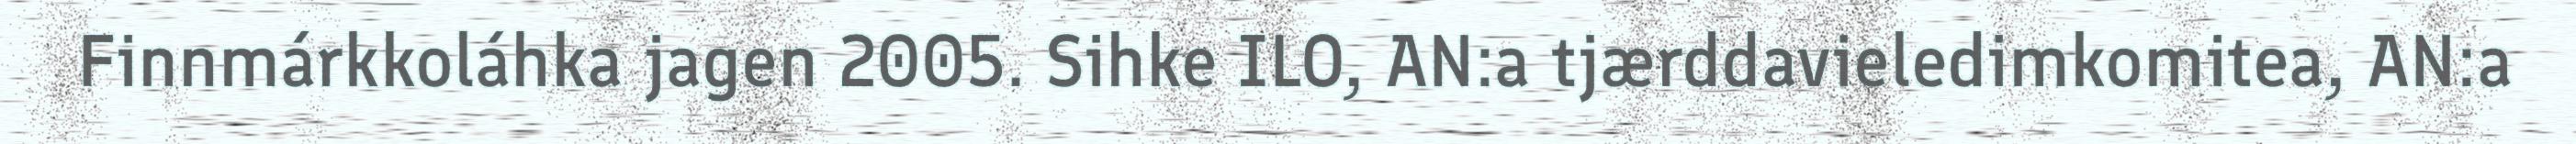
Finnmárkkoláhka jagen 2005. Sihke ILO, AN:a tjærddavieledimkomitea, AN:a